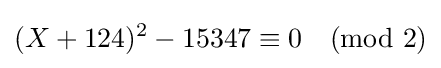
(X+124)^{2}-15347\equiv 0{\pmod {2}}